Medical and sanitary report of the native army of Bengal for the year
Year: 1874
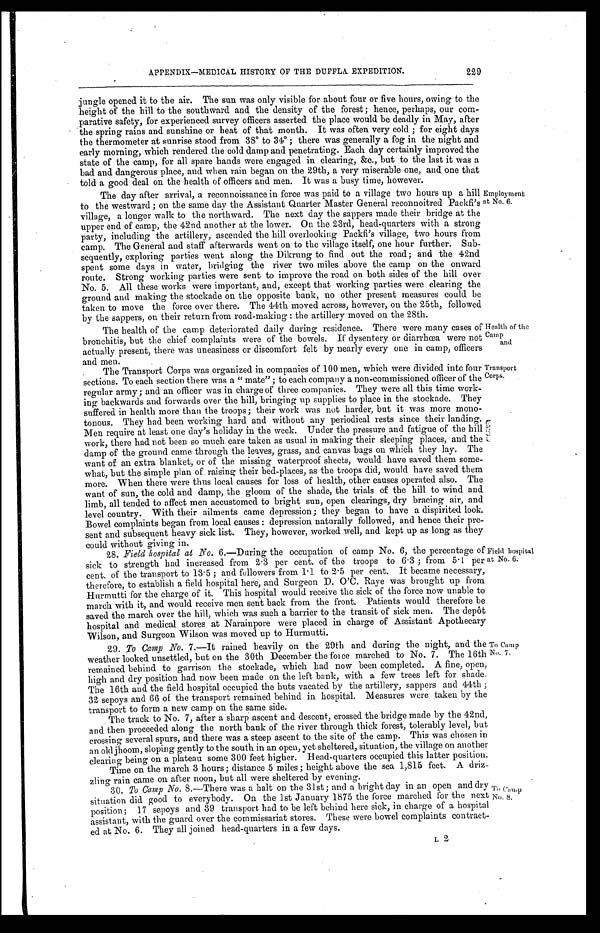
Health of the
Camp
and
Transport
Corps.
APPENDIX—MEDICAL HISTORY OF THE DUFFLA EXPEDITION.
229
jungle opened it to the air. The sun was only visible for about four or five hours, owing to the
height of the hill to the southward and the density of the forest ; hence, perhaps, our com
parative safety, for experienced survey officers asserted the place would be deadly in May, after
the spring rains and sunshine or heat of that month. It was often very cold ; for eight days
the thermometer at sunrise stood from 38˚ to 34˚ ; there was generally a fog in the night and
early morning, which rendered the cold damp and penetrating. Each day certainly improved the
state of the camp, for all spare hands were engaged in clearing, &c., but to the last it was a
bad and dangerous place, and when, rain began on the 29th, a very miserable one, and one that
told a good deal on the health of officers and men. It was a busy time, however.
The day after arrival, a reconnoissance in force was paid to a village two hours up a hill
to the westward ; on the same day the Assistant Quarter Master General reconnoitred Packfi's
village, a longer walk to the northward. The next day the sappers made their bridge at the
upper end of camp, the 42nd another at the lower. On the 23rd, head-quarters with a strong
party, including the artillery, ascended the hill overlooking Packfi's village, two hours from
camp. The General and staff afterwards went on to the village itself, one hour further. Sub-
sequently, exploring parties went along the Dikrung to find out the road ; and the 42nd
spent some days in water, bridging the river two miles above the camp on the onward
route. Strong working parties were sent to improve the road on both sides of the hill over
No. 5. All these works were important, and, except that working parties were clearing the
ground and making the stockade on the opposite bank, no other present measures could be
taken to move the force over there. The 44th moved across, however, on the 25th, followed
by the sappers, on their return from road-making : the artillery moved on the 28th.
Employment
at No. 6.
The health of the camp deteriorated daily during residence. There were many cases of
bronchitis, but the chief complaints were of the bowels. If dysentery or diarrhœa were not
actually present, there was uneasiness or discomfort felt by nearly every one in camp, officers
and men.
The Transport Corps was organized in companies of 100 men, which were divided into four
sections. To each section there was a " mate" ; to each company a non-commissioned officer of the
regular army ; and an officer was in charge of three companies. They were all this time work-
ing backwards and forwards over the hill, bringing up supplies to place in the stockade. They
suffered in health more than the troops ; their work was not harder, but it was more mono-
tonous. They had been working hard and without any periodical rests since their landing.
Men require at least one day's holiday in the week. Under the pressure and fatigue of the hill
work, there had not been so much care taken as usual in making their sleeping places, and the
damp of the ground came through the leaves, grass, and canvas bags on which they lay. The
want of an extra blanket, or of the missing waterproof sheets, would have saved them some-
what, but the simple plan of raising their bed-places, as the troops did, would have saved them
more. When there were thus local causes for loss of health, other causes operated also. The
want of sun, the cold and damp, the gloom of the shade, the trials of the hill to wind and
limb, all tended to affect men accustomed to bright sun, open clearings, dry bracing air, and
level country. With their ailments came depression ; they began to have a dispirited look.
Bowel complaints began from local causes : depression naturally followed, and hence their pre-
sent and subsequent heavy sick list. They, however, worked well, and kept up as long as they
could without giving in.
28. Field hospital at No. 6.—During the occupation of camp No. 6, the percentage of
sick to strength had increased from 2 . 3 per cent. of the troops to 6 . 3 ; from 5 . 1 per
cent. of the transport to 13 . 5 ; and followers from. 1 . 1 to 2 . 5 per cent. It became necessary,
therefore, to establish a field hospital here, and Surgeon D. O'C. Raye was brought up from
Hurmutti for the charge of it. This hospital would receive the sick of the force now unable to
march with it, and would receive men sent back from the front. Patients would therefore be
saved the march over the hill, which was such a barrier to the transit of sick men. The depôt
hospital and medical stores at Narainpore were placed in charge of Assistant Apothecary
Wilson, and Surgeon Wilson was moved up to Hurmutti.
29. To Camp No. 7.—It rained heavily on the 29th and during the night, and the
weather looked unsettled, but on the 30th December the force marched to No. 7. The 16th
remained behind to garrison the stockade, which had now been completed. A fine, open,
high and dry position had now been made on the left bank, with a few trees left for shade.
The 16th and the field hospital occupied the huts vacated by the artillery, sappers and 44th ;
32 sepoys and 66 of the transport remained behind in hospital. Measures were taken by the
transport to form a new camp on the same side.
Field hospital
at No. 6.
To Camp
No. 7.
The track to No. 7, after a sharp ascent and descent, crossed the bridge made by the 42nd,
and then proceeded along the north bank of the river through thick forest, tolerably level, but
crossing several spurs, and there was a steep ascent to the site of the camp. This was chosen in
an old jhoom, sloping gently to the south in an open, yet sheltered, situation, the village on another
clearing being on a plateau some 300 feet higher. Head-quarters occupied this latter position.
Time on the march 3 hours ; distance 5 miles ; height above the sea 1,815 feet. A driz
zling rain came on after noon, but all were sheltered by evening.
30. To Camp No. 8.—There was a halt on the 31st ; and a bright day in an open and dry
situation did good to everybody. On the 1st January 1875 the force marched for the next
position ; 17 sepoys and 39 transport had to be left behind here sick, in charge of a hospital
assistant, with the guard over the commissariat stores. These were bowel complaints contract-
ed at No. 6. They all joined head-quarters in a few days.
To Camp
No. 8.